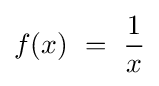
f(x)\ =\ {\frac {1}{x}}